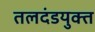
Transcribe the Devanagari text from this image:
तलदंडयुक्त